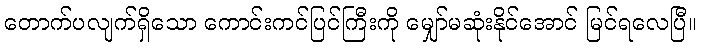
တောက်ပလျက်ရှိသော ကောင်းကင်ပြင်ကြီးကို မျှော်မဆုံးနိုင်အောင် မြင်ရလေပြီ။